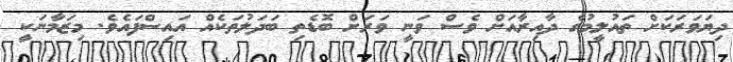
ދިޔަވަރަކަށް ތައުލީމުގެ ދާއިރާއަށް ވެސް ވަނީ ވަރަށް ބޮޑެތި ބަދަލުތަކެއް އައިސްފައެވެ. މިޒަމާނަކީ